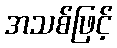
အသစ်ဖြင့်